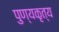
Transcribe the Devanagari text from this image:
पुण्यकृत्य